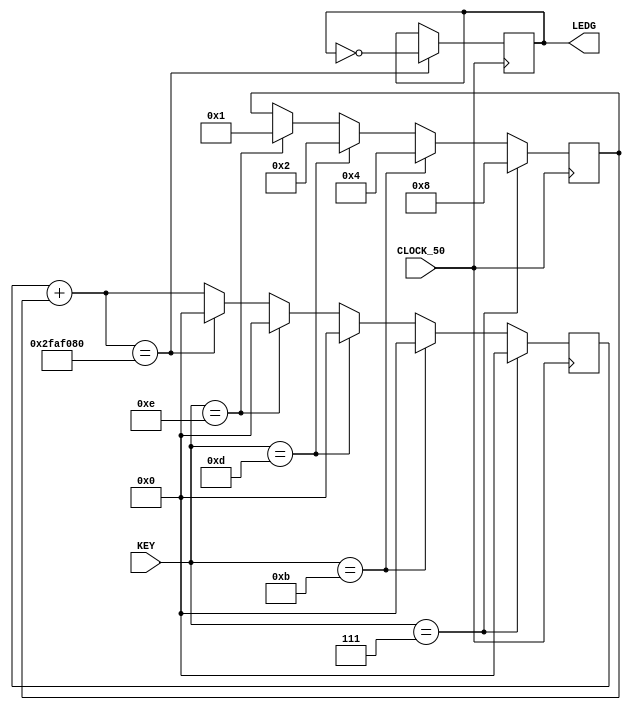
module piscaleds(
		input CLOCK_50,
		input [3:0] KEY, //botoes
		output [7:0]LEDG //leds verde
		
	);

	reg [25:0] contador = 0;
	reg [7:0] l = 0;
	reg [3:0] cont = 1;

	assign LEDG = l;

	always @(posedge CLOCK_50) begin
		contador = contador + cont;
		if(contador == 50000000) begin
			contador = 0;
			l = ~l;
		end
		
		if(KEY == 14) begin
			contador = 0;
			cont = 1;
		end

		if(KEY == 13) begin
			contador = 0;
			cont = 2;
		end

		if(KEY == 11) begin
			contador = 0;
			cont = 4;
		end

		if(KEY == 7) begin
			contador = 0;
			cont = 8;
		end
	end
endmodule